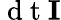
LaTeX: \mathrm{~d~t~}\mathbf{I}